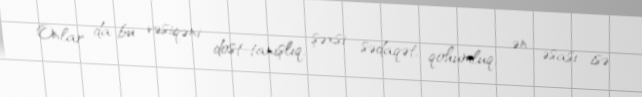
Onlar da bu vəsiqəni dost-tanışlıq, şəxsi sədaqət, qohumluq, ən əsası isə